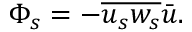
\Phi _ { s } = - \overline { { u _ { s } w _ { s } } } \bar { u } .